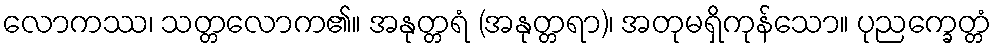
လောကဿ၊ သတ္တလောက၏။ အနုတ္တရံ (အနုတ္တရာ)၊ အတုမရှိကုန်သော။ ပုညက္ခေတ္တံ